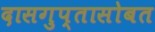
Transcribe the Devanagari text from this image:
दासगुप्तासोबत